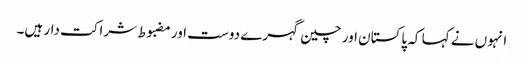
انہوں نے کہا کہ پاکستان اور چین گہرے دوست اور مضبوط شراکت دار ہیں۔